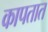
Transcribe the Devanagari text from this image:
कापतात